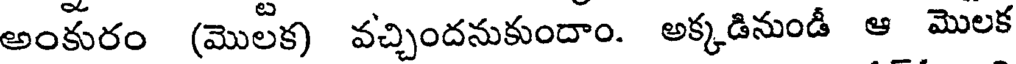
అంకురం (మొలక) వచ్చిందనుకుందాం. అక్కడినుండీ ఆ మొలక